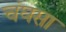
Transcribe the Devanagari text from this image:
चंघसा